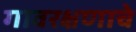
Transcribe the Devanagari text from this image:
गावरक्षणाचे